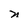
Character: n